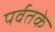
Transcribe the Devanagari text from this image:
पर्वतके